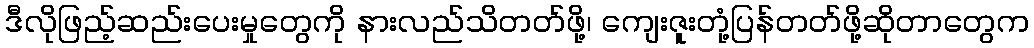
ဒီလိုဖြည့်ဆည်းပေးမှုတွေကို နားလည်သိတတ်ဖို့၊ ကျေးဇူးတုံ့ပြန်တတ်ဖို့ဆိုတာတွေက